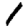
Digit: 1